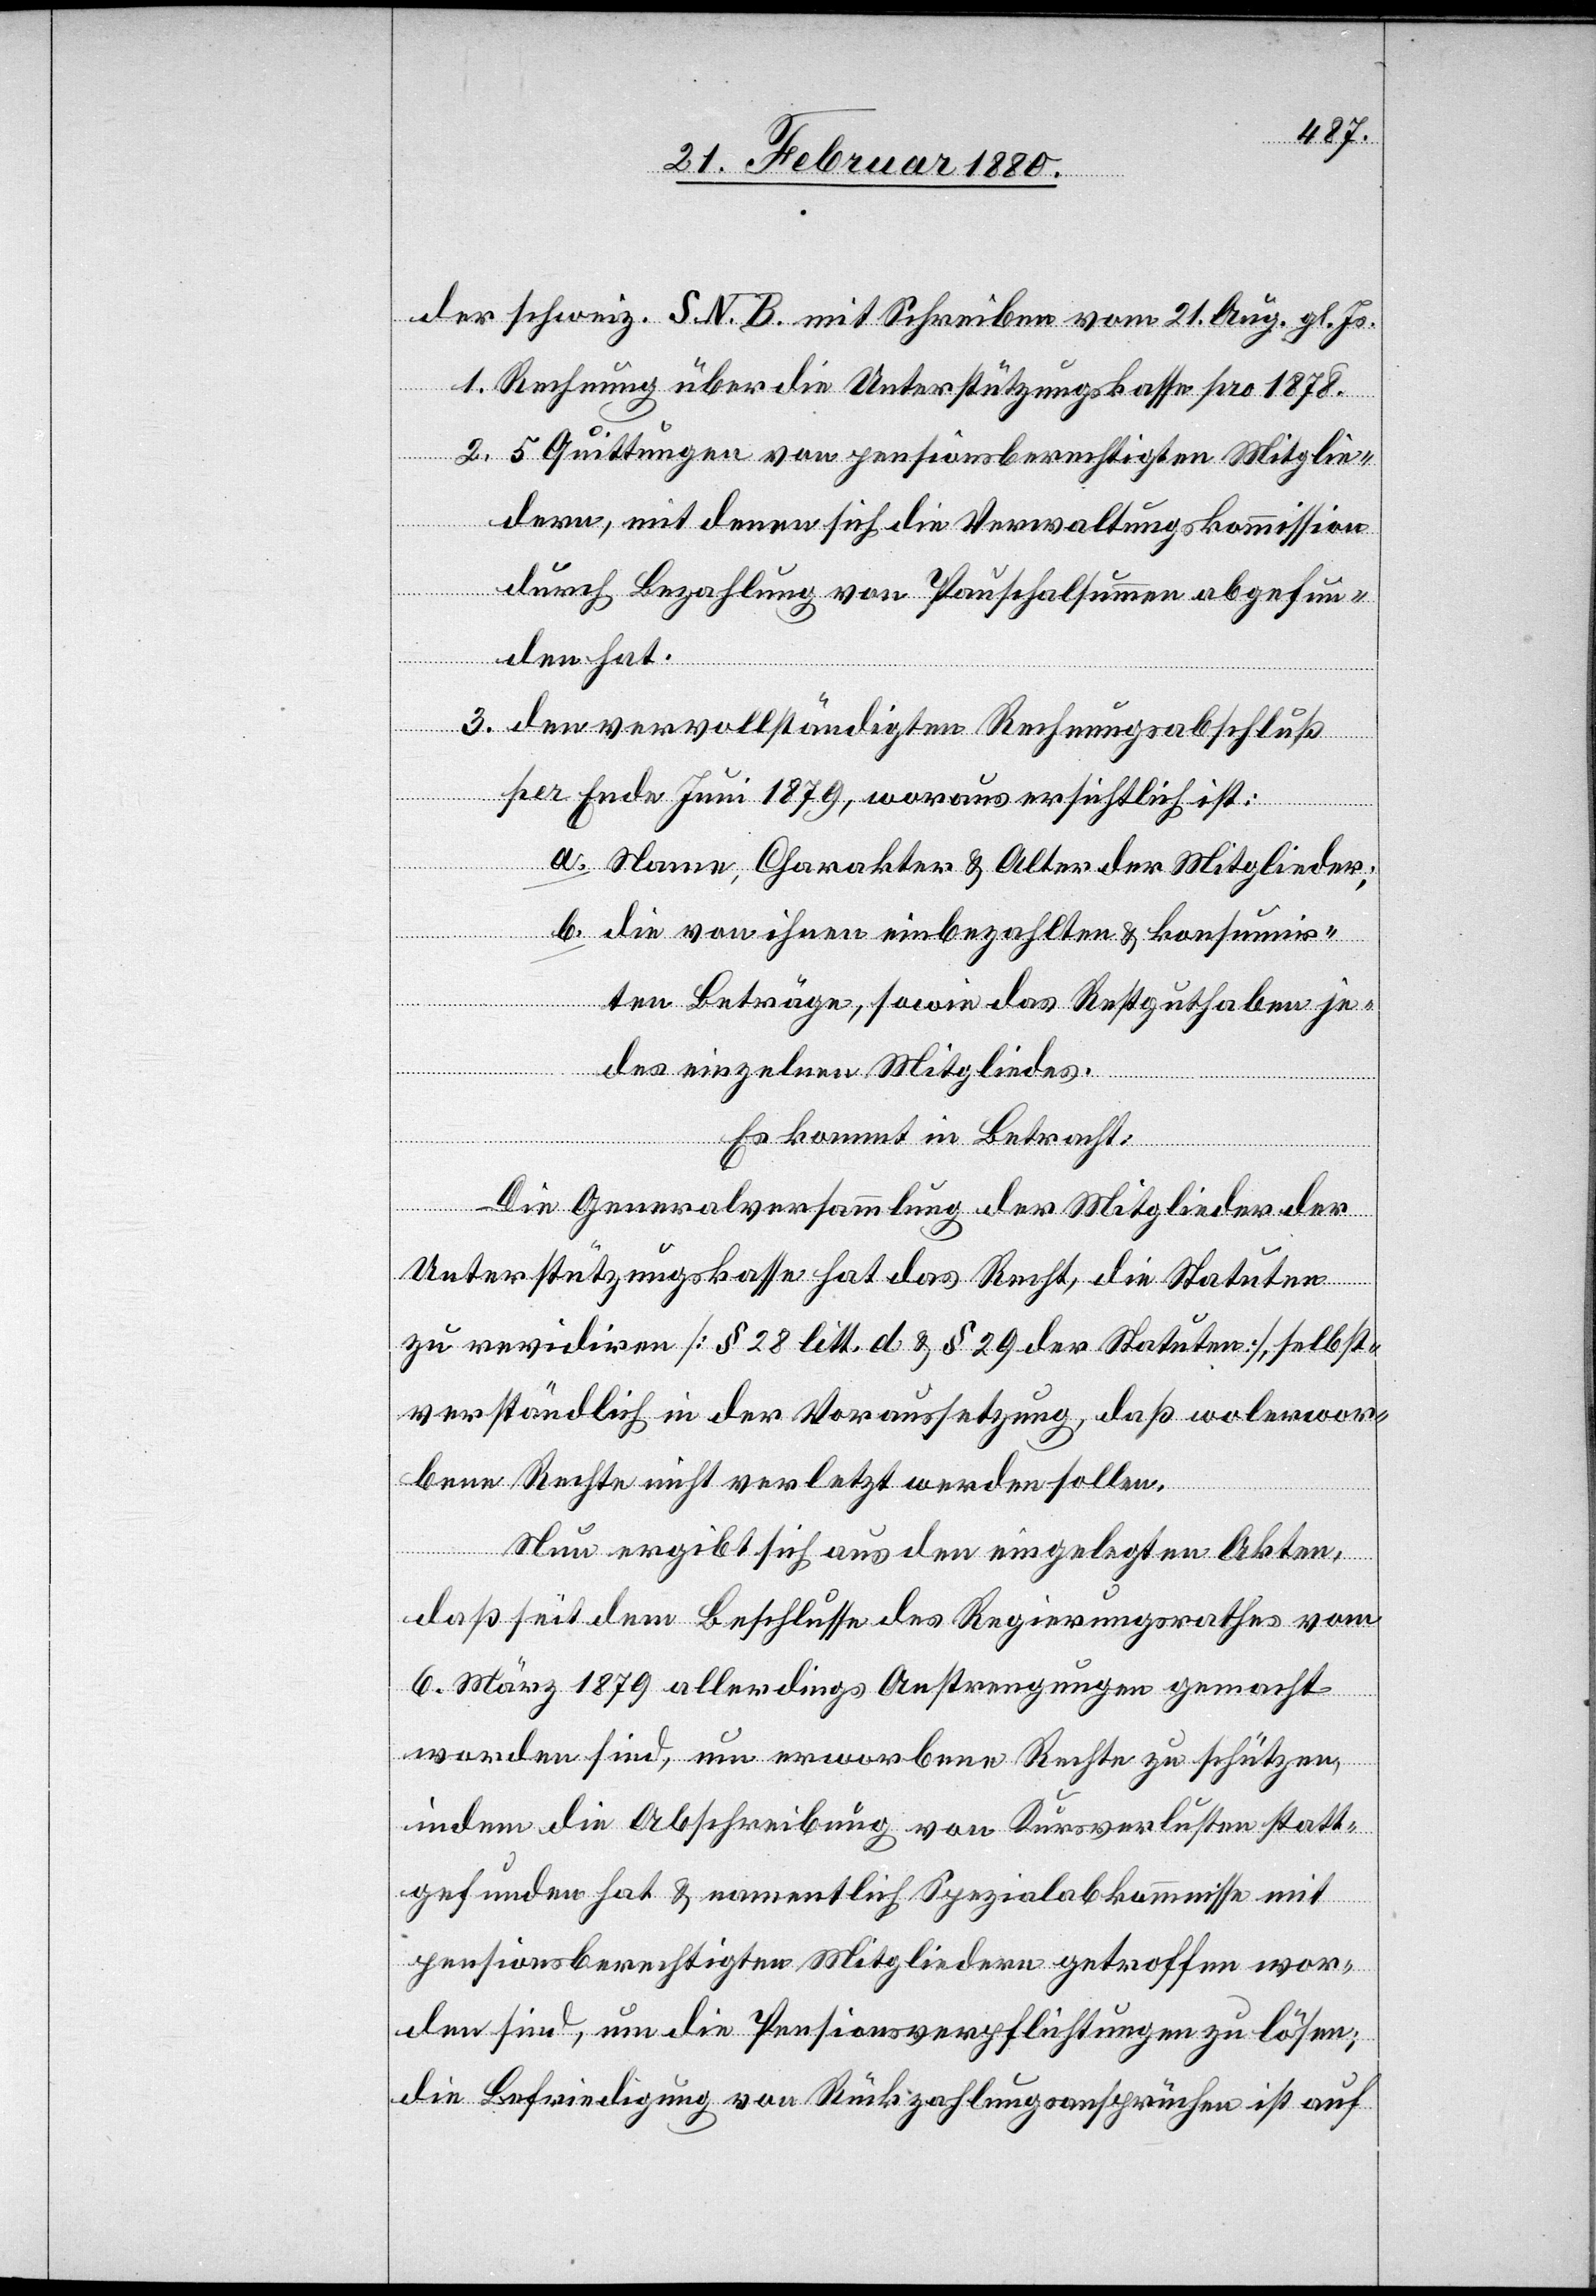
der schweiz. S. N. B mit Schreiben vom 21. Aug. gl. Js.
1. Rechnung über die Unterstützungskasse pro 1878.
2. 5 Quittungen von pensionsberechtigten Mitglie¬
b.
dern, mit denen sich die Verwaltungskommission
durch Bezahlung von Pauschalsummen abgefun¬
den hat.
3. Von vervollständigten Rechnungsabschluß
per Ende Juni 1879, woraus ersichtlich ist:
a.
Name, Charakter & Alter der Mitglieder;
ir¬
ten Beträge, sowie das Restguthaben je¬
ihnen
des einzelnen Mitgliedes.
Es kommt in Betracht:
Die Generalversammlung der Mitglieder der
Unterstützungskasse hat das Recht, die Statuten
zu revidiren [§ 28 litt. d & § 29 der Statuten], selbst¬
verständlich in der Voraussetzung, daß wolerwor¬
bene Rechte nicht verletzt werden sollen.
Nun ergibt sich aus den eingelegten Akten,
daß seit dem Beschlusse des Regierungsrathes vom
6. März 1879 allerdings Anstrengungen gemacht
worden sind, um erworbene Rechte zu schützen,
indem die Abschreibung von Kursverlusten statt¬
gefunden hat & namentlich Spezialabkommnisse mit
pensionsberechtigten Mitgliedern getroffen wor¬
den sind, um die Pensionsverpflichtungen zu lösen;
die Befriedigung von Rückzahlungsansprüchen ist auf